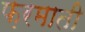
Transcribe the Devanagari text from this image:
फ़रमाती